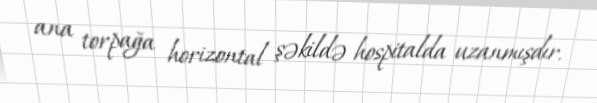
ana torpağa horizontal şəkildə hospitalda uzanmışdır.